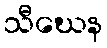
သီဃေန